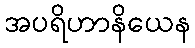
အပရိဟာနိယေန